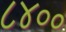
૮૪૦૦